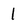
Character: 1